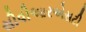
સીવીઆરએસટી